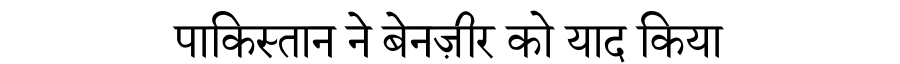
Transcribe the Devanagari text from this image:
पाकिस्तान ने बेनज़ीर को याद किया